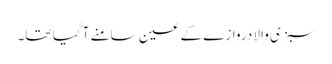
سبزی والا دروازے کے عین سامنے آ گیا تھا۔